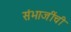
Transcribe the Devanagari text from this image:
संभाजींची